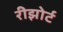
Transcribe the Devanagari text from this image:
रीझोर्ट